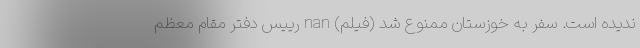
ندیده است. سفر به خوزستان ممنوع شد (فیلم) nan رییس دفتر مقام معظم